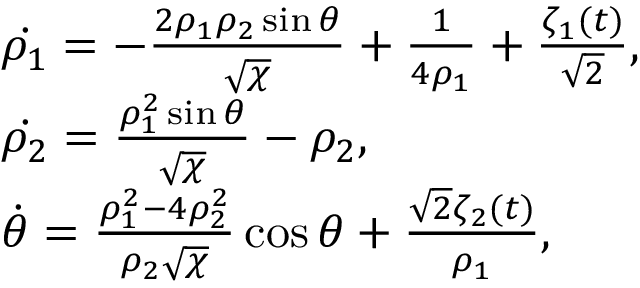
\begin{array} { r l r } & { \dot { \rho _ { 1 } } = - \frac { 2 \rho _ { 1 } \rho _ { 2 } \sin \theta } { \sqrt { \chi } } + \frac { 1 } { 4 \rho _ { 1 } } + \frac { \zeta _ { 1 } ( t ) } { \sqrt { 2 } } , } & \\ & { \dot { \rho _ { 2 } } = \frac { \rho _ { 1 } ^ { 2 } \sin \theta } { \sqrt { \chi } } - \rho _ { 2 } , } & \\ & { \dot { \theta } = \frac { \rho _ { 1 } ^ { 2 } - 4 \rho _ { 2 } ^ { 2 } } { \rho _ { 2 } \sqrt { \chi } } \cos \theta + \frac { \sqrt { 2 } \zeta _ { 2 } ( t ) } { \rho _ { 1 } } , } \end{array}